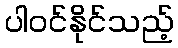
ပါဝင်နိုင်သည့်